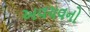
અવયવનો